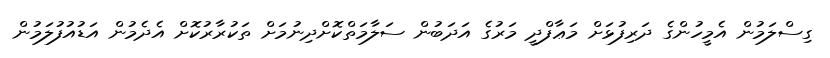
ގިސްލަމުން އެމީހުންގެ ދަރިފުޅަށް މަޢާފްދީ މަރުގެ އަދަބުން ސަލާމަތްކޮށްދިނުމަށް ތަކުރާރުކޮށް އެދެމުން އަޑުއުފުލަމުން